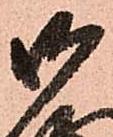
御